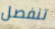
تنفصل